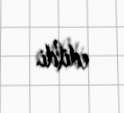
edildi.